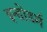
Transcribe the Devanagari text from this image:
इन्डोडर्म